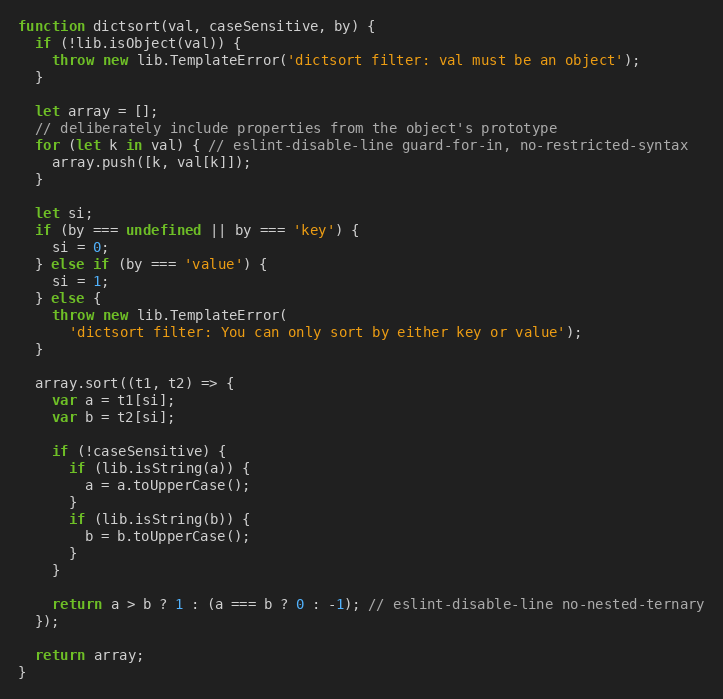
Language: JavaScript
function dictsort(val, caseSensitive, by) {
  if (!lib.isObject(val)) {
    throw new lib.TemplateError('dictsort filter: val must be an object');
  }

  let array = [];
  // deliberately include properties from the object's prototype
  for (let k in val) { // eslint-disable-line guard-for-in, no-restricted-syntax
    array.push([k, val[k]]);
  }

  let si;
  if (by === undefined || by === 'key') {
    si = 0;
  } else if (by === 'value') {
    si = 1;
  } else {
    throw new lib.TemplateError(
      'dictsort filter: You can only sort by either key or value');
  }

  array.sort((t1, t2) => {
    var a = t1[si];
    var b = t2[si];

    if (!caseSensitive) {
      if (lib.isString(a)) {
        a = a.toUpperCase();
      }
      if (lib.isString(b)) {
        b = b.toUpperCase();
      }
    }

    return a > b ? 1 : (a === b ? 0 : -1); // eslint-disable-line no-nested-ternary
  });

  return array;
}